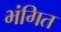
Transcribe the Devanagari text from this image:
भंगित